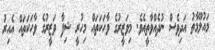
މައުލޫމާތު އަދިވެސް ނުދެއްވާތީއެވެ. މިވަޒީރުގެ ވާހަކަތައް މިހުރީ ޝިފާ ވަޒީރުގެ ވާހަކަތައް އެއިރު